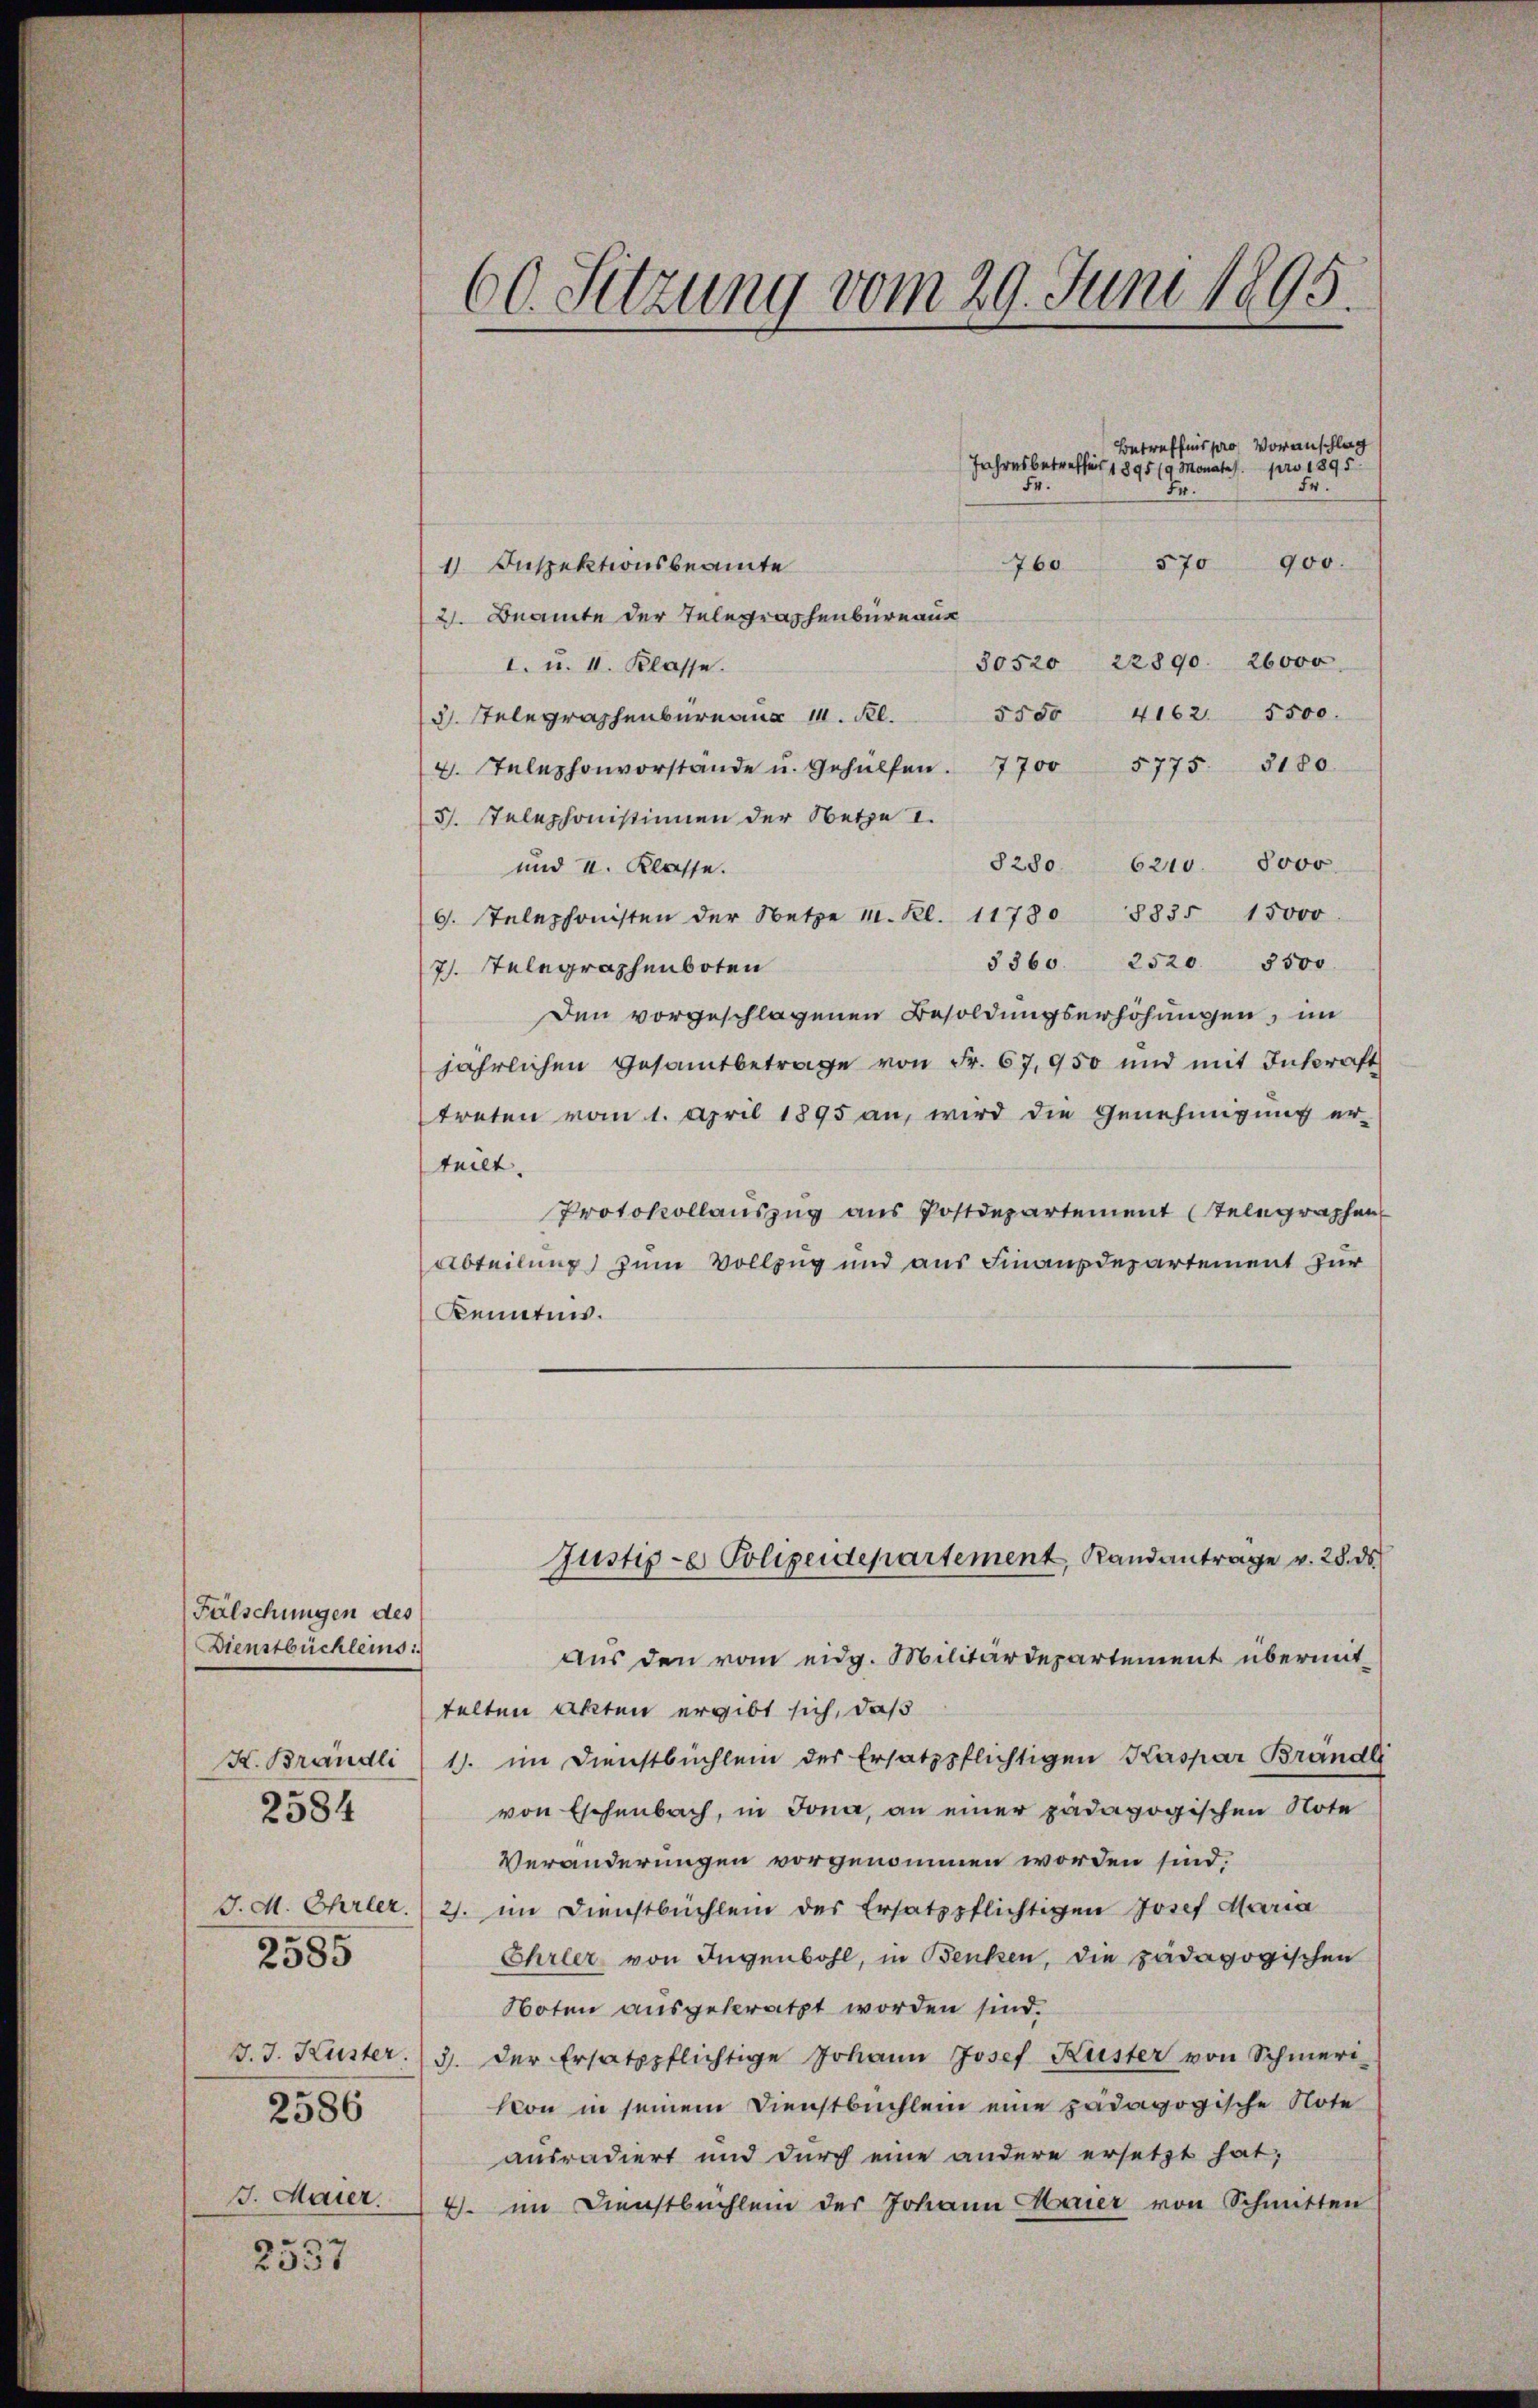
Fälschungen des
Dienstbüchleins:
K. Brändli
2585
2586
2537

2584

Betreffnis pro Voranschlag
Jahresbetreffens 1895 (9 Monates pro 1895
Fr.
Fr.
.
570
760
900.
1) Inspektionsbeamte
2. Beamte der Telegraphenbureaus
30520 22890. 26000.
I. u. II. Klasse.
4162. 5500.
5550
3. stelegraphenberaus 14. Kl.
2. Telephonvorstände u. Gehülfen. 7700 5775. 3180
3. Telephonistinnen der Netze I.
8280. 6210. 8000
und II. Klasse.
9. Stelephonisten der Netze 1. Kl. 11780 8835 15000.
3360. 2520. 5500.
7. Telegraphenboten
Den vorgeschlagenen Besoldungserhöhungen, im
jährlichen Gesamtbetrage von Fr. 67,950 und mit Inkraft
treten vom 1. April 1895 an, wird die Genehmigung er-
teilt.
Protokollauszug aus Postdepartement Telegraphen
Abteilung) zum Vollzug und aus Finanzdepartement zur
Kenntnis.
Justiz- & Polizeidepartement, Randanträge v. 28. ds.
Aus den vom eidg. Militärdepartement übermit-
telten Akten ergibt sich, daß
1. im Dienstbuchlein der Ersatzpflichtigen Kaspar Brändli
von Eschenbach, in Jona, an einer pädagogischen Note
Veränderungen vorgenommen worden sind.
J. M. Ehrler. 2. im Dienstbüchlein des Ersatzpflichtigen Josef Maria
Ehrler von Jugenbohl, in Benken, die pädagogischen
Noten ausgebratzt worden sind.
v. J. Huster. 3. der Ersatzpflichtige Johann Josef Küster von Schmeri-
von in seinem Dienstbuchlein eine pädagogische Note
ausradiert und durch eine andere ersetzt hat;
. Maier. 4. im Dienstbüchlein der Johann Marier von Schmitten

60. Sitzung vom 29. Juni 1895.